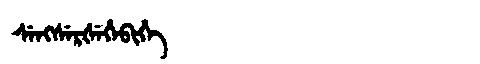
Manchu: ᠰᡝᠩᠰᡝᡵᡧᡝᡥᡝᠪᡳᡥᡝ
Romanization: SENGSERŠEHEBIHE